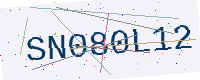
Text: SN080L12